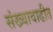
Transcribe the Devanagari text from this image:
संख्यावाढीत